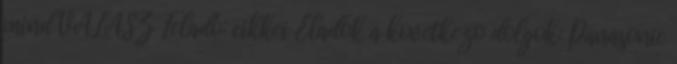
mind VÁLASZ Feladó: cikkei Eladok a kovetkezo dolgok: Panasonic